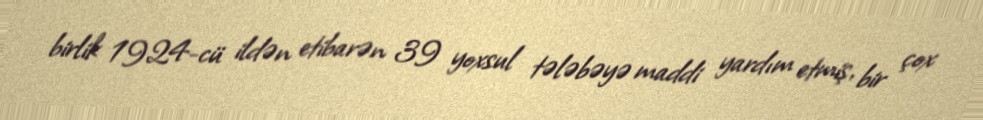
birlik 1924-cü ildən etibarən 39 yoxsul tələbəyə maddi yardım etmiş, bir çox